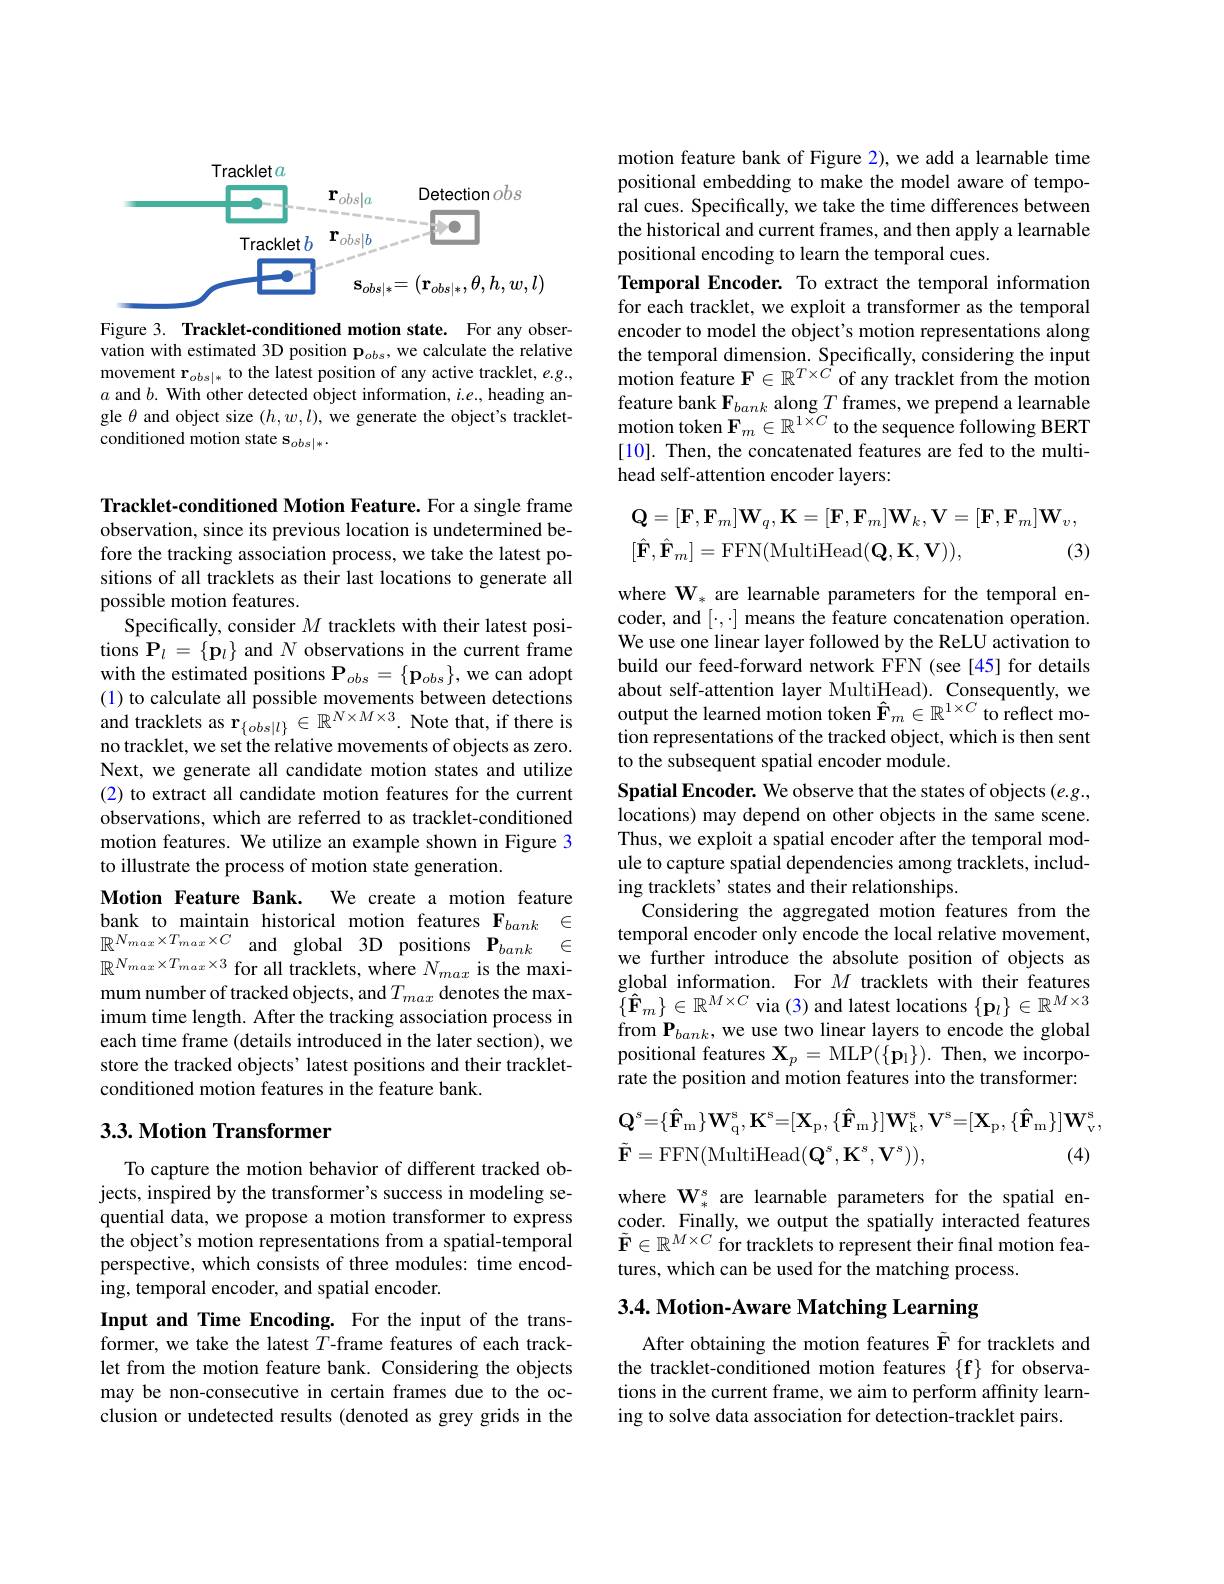
<FigureHere>

Figure 3. Tracklet-conditioned motion state. For any observation with estimated 3D position $\mathbf{p}_{obs}$, we calculate the relative movement $\mathbf{r}_{obs|*}$ to the latest position of any active tracklet, e.g., $a$ and $b.$ With other detected object information, $i.e.$, heading angle $\theta$ and object size $(h,w,l)$, we generate the object's trackletconditioned motion state s$_{obs|*}.$

Tracklet-conditioned Motion Feature. For a single frame observation, since its previous location is undetermined before the tracking association process, we take the latest positions of all tracklets as their last locations to generate all possible motion features.
Specifically, consider $M$ tracklets with their latest positions $\mathbf{P}_l=\{\mathbf{p}_l\}$ and $N$ observations in the current frame with the estimated positions $\mathbf{P}_{obs}=\{\mathbf{p}_{obs}\}$, we can adopt (1) to calculate all possible movements between detections and tracklets as $\mathbf{r}_{\{obs|l\}}\in\mathbb{R}^{N\times M\times3}.$ Note that, if there is no tracklet, we set the relative movements of objects as zero. Next, we generate all candidate motion states and utilize (2) to extract all candidate motion features for the current observations, which are referred to as tracklet-conditioned motion features. We utilize an example shown in Figure 3 to illustrate the process of motion state generation.
Motion Feature Bank. We create a motion feature bank to maintain historical motion features $\mathbf{F}_{bank}\in$ $\mathbb{R}^{N_{max}\times T_{max}\times C\:\mathrm{and}\:\mathrm{global}\:3\mathbf{D}\:\mathrm{positions}\:\mathbf{P}_{bank}\:\in}$ $\mathbb{R}^{N_{max}\times T_{max}\times3}$ for all tracklets, where $N_max$ is the maximum number of tracked objects, and $T_{max}$ denotes the maximum time length. After the tracking association process in each time frame (details introduced in the later section), we store the tracked objects' latest positions and their trackletconditioned motion features in the feature bank.

## 3.3. Motion Transformer

To capture the motion behavior of different tracked objects, inspired by the transformer's success in modeling sequential data, we propose a motion transformer to express the object's motion representations from a spatial-temporal perspective, which consists of three modules: time encoding, temporal encoder, and spatial encoder.
Input and Time Encoding. For the input of the transformer, we take the latest $T$-frame features of each tracklet from the motion feature bank. Considering the objects may be non-consecutive in certain frames due to the occlusion or undetected results (denoted as grey grids in the

motion feature bank of Figure 2), we add a learnable time positional embedding to make the model aware of temporal cues. Specifically, we take the time differences between the historical and current frames, and then apply a learnable positional encoding to learn the temporal cues.
Temporal Encoder. To extract the temporal information for each tracklet, we exploit a transformer as the temporal encoder to model the object's motion representations along the temporal dimension. Specifically, considering the input motion feature $\mathbf{F}\in\mathbb{R}^{T\times C}$ of any tracklet from the motion feature bank $\mathbf{F}_{bank}$ along $T$ frames, we prepend a learnable motion token $\mathbf{F}_m\in\mathbb{R}^{1\times C}$ to the sequence following BERT [10]. Then, the concatenated features are fed to the multihead self-attention encoder layers:
$$\begin{aligned}&\mathbf{Q}=[\mathbf{F},\mathbf{F}_{m}]\mathbf{W}_{q},\mathbf{K}=[\mathbf{F},\mathbf{F}_{m}]\mathbf{W}_{k},\mathbf{V}=[\mathbf{F},\mathbf{F}_{m}]\mathbf{W}_{v},\\&[\hat{\mathbf{F}},\hat{\mathbf{F}}_{m}]=\mathrm{FFN}(\mathrm{MultiHead}(\mathbf{Q},\mathbf{K},\mathbf{V})),&\text{(3}\end{aligned}$$
where $\mathbf{W}_*$ are learnable parameters for the temporal encoder, and $[\cdot,\cdot]$ means the feature concatenation operation. We use one linear layer followed by the ReLU activation to build our feed-forward network FFN (see[45] for details about self-attention layer MultiHead). Consequently, we output the learned motion token $\hat{\mathbf{F}}_m\in\mathbb{R}^{1\times C}$ to reflect motion representations of the tracked object, which is then sent to the subsequent spatial encoder module.
Spatial Encoder. We observe that the states of objects (e.g., locations) may depend on other objects in the same scene. Thus, we exploit a spatial encoder after the temporal module to capture spatial dependencies among tracklets, including tracklets' states and their relationships.
Considering the aggregated motion features from the temporal encoder only encode the local relative movement, we further introduce the absolute position of objects as global information. For $M$ tracklets with their features $\{\hat{\mathbf{F}}_{m}\}\in\mathbb{R}^{M\times C}$ via (3) and latest locations $\{\mathbf{p}_l\}\in\mathbb{R}^{M\times3}$ from P$_bank$, we use two linear layers to encode the global positional features $\mathbf{X}_p=$MLP$(\{\mathbf{p}_1\}).$ Then, we incorporate the position and motion features into the transformer:
$$\mathbf{Q}^{s}=\{\mathbf{\hat{F}}_{\mathrm{m}}\}\mathbf{W}_{\mathrm{q}}^{\mathrm{s}},\mathbf{K}^{\mathrm{s}}=[\mathbf{X}_{\mathrm{p}},\{\mathbf{\hat{F}}_{\mathrm{m}}\}]\mathbf{W}_{\mathrm{k}}^{\mathrm{s}},\mathbf{V}^{\mathrm{s}}=[\mathbf{X}_{\mathrm{p}},\{\mathbf{\hat{F}}_{\mathrm{m}}\}]\mathbf{W}_{\mathrm{v}}^{\mathrm{s}},\\\tilde{\mathbf{F}}=\mathrm{FFN}(\mathrm{MultiHead}(\mathbf{Q}^{s},\mathbf{K}^{s},\mathbf{V}^{s})),\text{(4)}$$
where $\mathbf{W}_*^s$ are learnable parameters for the spatial encoder. Finally, we output the spatially interacted features $\tilde{\mathbf{F}}\in\mathbb{R}^{M\times C}$ for tracklets to represent their final motion features, which can be used for the matching process.

3.4. Motion-Aware Matching Learning

After obtaining the motion features $\tilde{\mathbf{F}}$ for tracklets and the tracklet-conditioned motion features $\{\mathbf{f}\}$ for observations in the current frame, we aim to perform affinity learning to solve data association for detection-tracklet pairs.